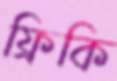
ফ্রিকি